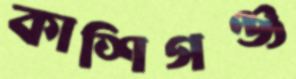
কাশিগঞ্জ